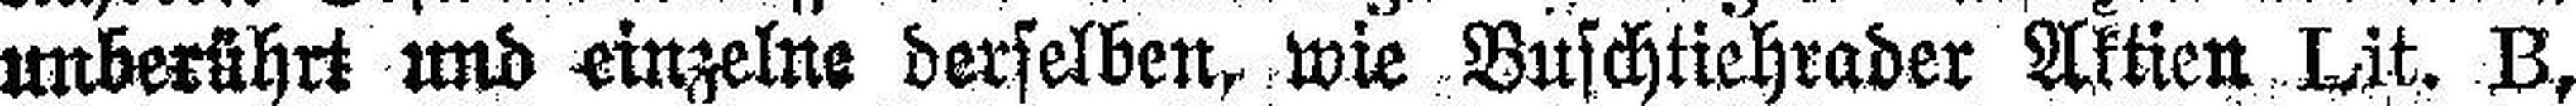
unberührt und einzelne derselben, wie Buschtiehrader Aktien Lit. B,